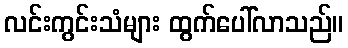
လင်းကွင်းသံများ ထွက်ပေါ်လာသည်။